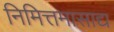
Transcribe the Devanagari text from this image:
निमित्तमासाद्य